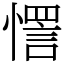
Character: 㦒